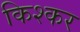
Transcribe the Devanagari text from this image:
किश्कर